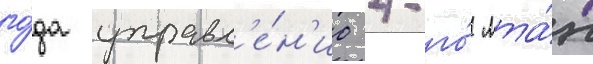
го́да управл'е́н'ие 4-го́ мта́п